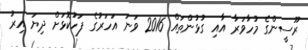
ރޫސީންގެ މުހާވަރާ އާއި ގުޅުންތައް 2016 ވަނަ އަހަރުގެ ފަހުކޮޅަށް ދިޔަ އިރު